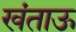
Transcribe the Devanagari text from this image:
खंताऊ